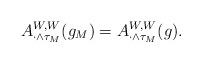
LaTeX: \begin{align*}A^{W,W}_{\cdot\wedge \tau_M} (g_M) = A^{W,W}_{\cdot\wedge \tau_M} (g).\end{align*}